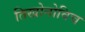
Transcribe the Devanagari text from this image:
तिखोनोविच